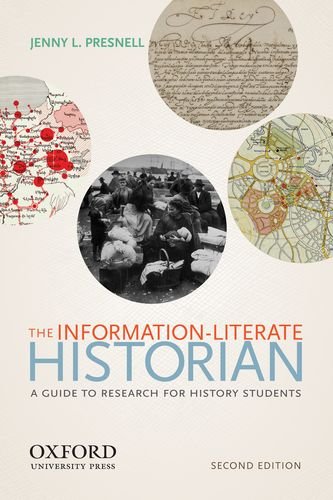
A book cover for The Information-Literate Historian; Jenny L. Presnell; History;